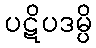
ပဋိပဒမ္ပိ